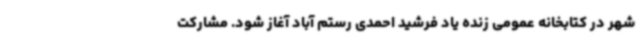
شهر در کتابخانه عمومی زنده یاد فرشید احمدی رستم آباد آغاز شود. مشارکت